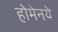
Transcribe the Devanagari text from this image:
होमेनये